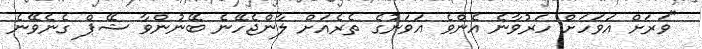
"ވަރަށް އަވަހަށް ހަރުވާނެ އެންވެ އަވަނުގެ ތެރެއަށް ލާންޖެހޭނެ ބޭނުންވާ ޝޭޕް ގެނެވޭނެ